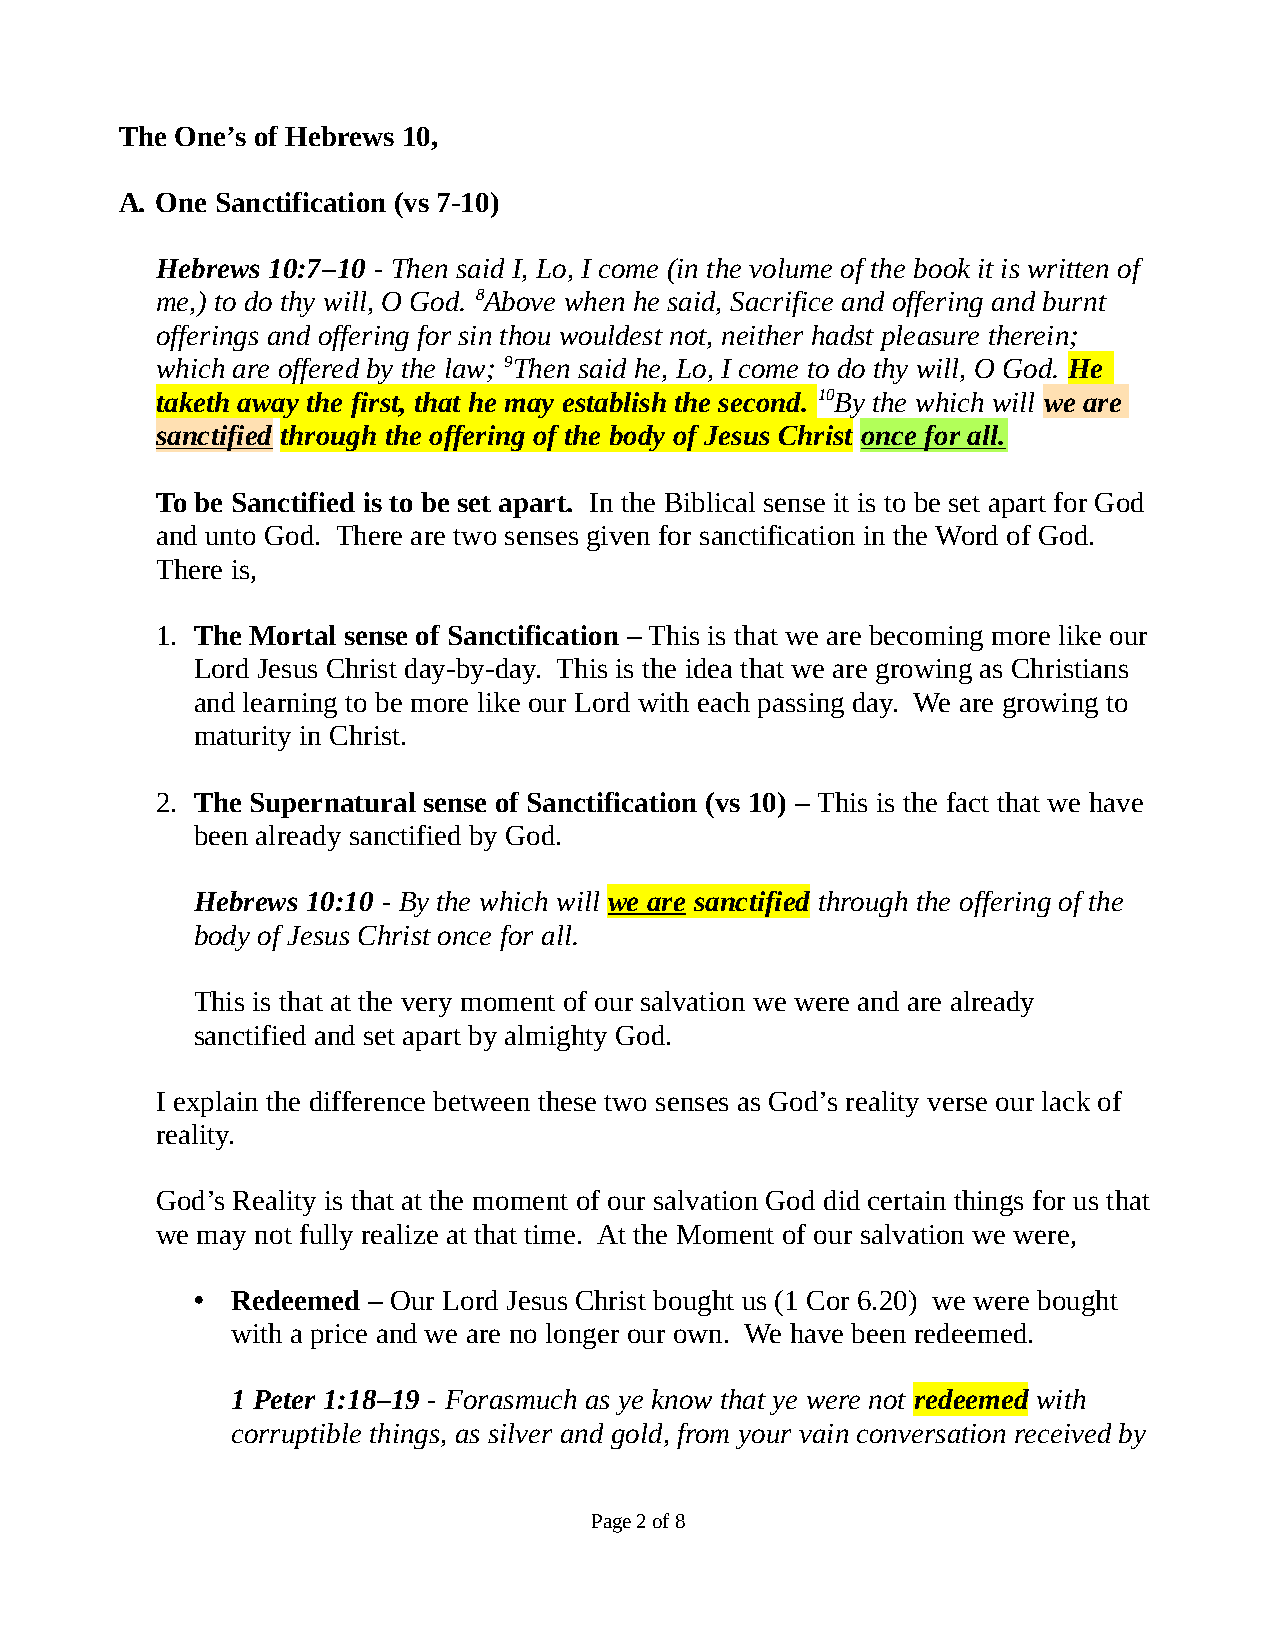
The One’s of Hebrews 10,
 A. One Sanctification (vs 7-10)
 Hebrews 10:7–10 - Then said I, Lo, I come (in the volume of the book it is written of
 me,) to do thy will, O God. 8Above when he said, Sacrifice and offering and burnt
 offerings and offering for sin thou wouldest not, neither hadst pleasure therein;
 which are offered by the law; 9Then said he, Lo, I come to do thy will, O God. He
 taketh away the first, that he may establish the second. 10By the which will we are
 sanctified through the offering of the body of Jesus Christ once for all.
 To be Sanctified is to be set apart. In the Biblical sense it is to be set apart for God
 and unto God. There are two senses given for sanctification in the Word of God.
 There is,
 1. The Mortal sense of Sanctification – This is that we are becoming more like our
 Lord Jesus Christ day-by-day. This is the idea that we are growing as Christians
 and learning to be more like our Lord with each passing day. We are growing to
 maturity in Christ.
 2. The Supernatural sense of Sanctification (vs 10) – This is the fact that we have
 been already sanctified by God.
 Hebrews 10:10 - By the which will we are sanctified through the offering of the
 body of Jesus Christ once for all.
 This is that at the very moment of our salvation we were and are already
 sanctified and set apart by almighty God.
 I explain the difference between these two senses as God’s reality verse our lack of
 reality.
 God’s Reality is that at the moment of our salvation God did certain things for us that
 we may not fully realize at that time. At the Moment of our salvation we were,
 • Redeemed – Our Lord Jesus Christ bought us (1 Cor 6.20) we were bought
 with a price and we are no longer our own. We have been redeemed.
 1 Peter 1:18–19 - Forasmuch as ye know that ye were not redeemed with
 corruptible things, as silver and gold, from your vain conversation received by
 Page 2 of 8